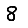
Digit: 8